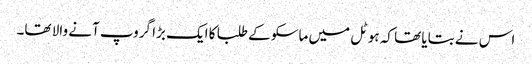
اس نے بتایا تھا کہ ہوٹل میں ماسکو کے طلبا کا ایک بڑا گروپ آنے والا تھا۔